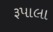
રૂપાલા